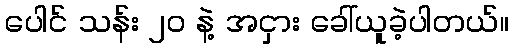
ပေါင် သန်း ၂၀ နဲ့ အငှား ခေါ်ယူခဲ့ပါတယ်။